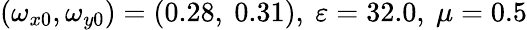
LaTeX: (\omega_{x0},\omega_{y0})=(0.28,\ 0.31),\ \varepsilon=32.0,\ \mu=0.5